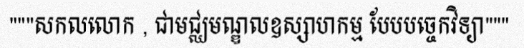
"""សកលលោក , ជាមជ្ឈមណ្ឌលឧស្សាហកម្ម បែបបច្ចេកវិទ្យា"""